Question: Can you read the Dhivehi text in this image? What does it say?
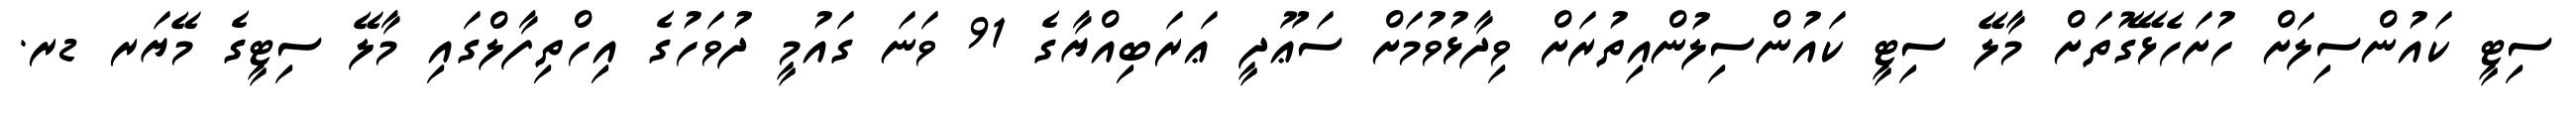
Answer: ސިޓީ ކައުންސިލަށް ހުށަހެޅޭގޮތަށް މާލޭ ސިޓީ ކައުންސިލުންއިތުރަށް ވިދާޅުވުމަށް ސަޢޫދީ ޢަރަބިއްޔާގެ 91 ވަނަ ގައުމީ ދުވަހުގެ އިހްތިފާލްގައި މާލޭ ސިޓީގެ މޭޔަރ ޑރ.